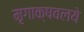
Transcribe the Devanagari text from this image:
मृगाक्षवलये